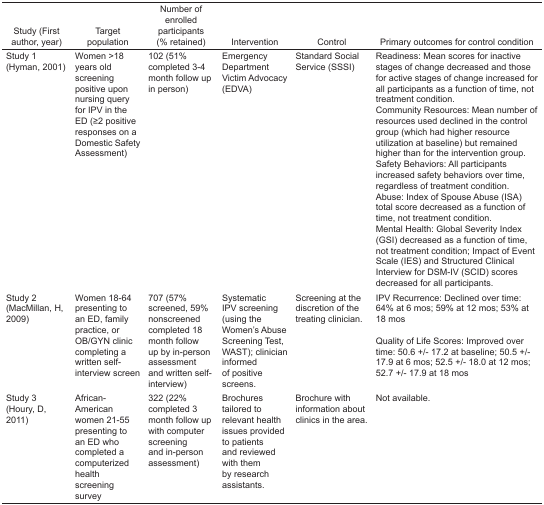
<table><thead><tr><td><b>Study (First author, year)</b></td><td><b>Target population</b></td><td><b>Number of enrolled participants (% retained)</b></td><td><b>Intervention</b></td><td><b>Control</b></td><td><b>Primary outcomes for control condition</b></td></tr></thead><tbody><tr><td>Study 1 (Hyman, 2001)</td><td>Women &gt;18 years old screening positive upon nursing query for IPV in the ED (≥2 positive responses on a Domestic Safety Assessment)</td><td>102 (51% completed 3–4 month follow up in person)</td><td>Emergency Department Victim Advocacy (EDVA)</td><td>Standard Social Service (SSSI)</td><td>Readiness: Mean scores for inactive stages of change decreased and those for active stages of change increased for all participants as a function of time, not treatment condition.Community Resources: Mean number of resources used declined in the control group (which had higher resource utilization at baseline) but remained higher than for the intervention group.Safety Behaviors: All participants increased safety behaviors over time, regardless of treatment condition.Abuse: Index of Spouse Abuse (ISA) total score decreased as a function of time, not treatment condition.Mental Health: Global Severity Index (GSI) decreased as a function of time, not treatment condition; Impact of Event Scale (IES) and Structured Clinical Interview for DSM-IV (SCID) scores decreased for all participants.</td></tr><tr><td>Study 2 (MacMillan, H, 2009)</td><td>Women 18–64 presenting to an ED, family practice, or OB/GYN clinic completing a written self-interview screen</td><td>707 (57% screened, 59% nonscreened completed 18 month follow up by in-person assessment and written self-interview)</td><td>Systematic IPV screening (using the Women’s Abuse Screening Test, WAST); clinician informed of positive screens.</td><td>Screening at the discretion of the treating clinician.</td><td>IPV Recurrence: Declined over time: 64% at 6 mos; 59% at 12 mos; 53% at 18 mosQuality of Life Scores: Improved over time: 50.6 +/− 17.2 at baseline; 50.5 +/− 17.9 at 6 mos; 52.5 +/− 18.0 at 12 mos; 52.7 +/− 17.9 at 18 mos</td></tr><tr><td>Study 3 (Houry, D, 2011)</td><td>African-American women 21–55 presenting to an ED who completed a computerized health screening survey</td><td>322 (22% completed 3 month follow up with computer screening and in-person assessment)</td><td>Brochures tailored to relevant health issues provided to patients and reviewed with them by research assistants.</td><td>Brochure with information about clinics in the area.</td><td>Not available.</td></tr></tbody></table>